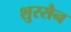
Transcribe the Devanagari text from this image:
शुरसैन